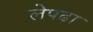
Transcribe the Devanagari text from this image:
लेपढ़ा